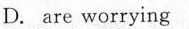
D. are worrying